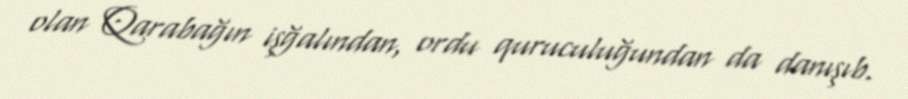
olan Qarabağın işğalından, ordu quruculuğundan da danışıb.